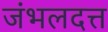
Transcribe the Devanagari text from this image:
जंभलदत्त